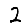
Digit: 2